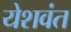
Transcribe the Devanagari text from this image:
येशवंत